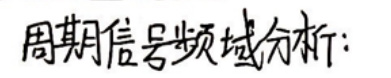
周期信号频域分析: